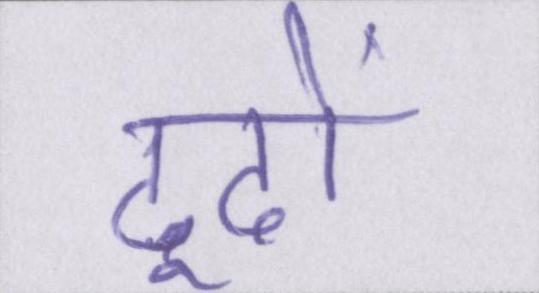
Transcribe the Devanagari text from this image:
ढूढों